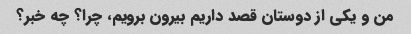
من و یکی از دوستان قصد داریم بیرون برویم، چرا؟ چه خبر؟